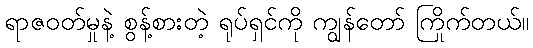
ရာဇဝတ်မှုနဲ့ စွန့်စားတဲ့ ရုပ်ရှင်ကို ကျွန်တော် ကြိုက်တယ်။